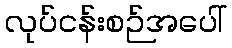
လုပ်ငန်းစဉ်အပေါ်